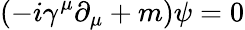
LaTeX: (-i\gamma^{\mu}\partial_{\mu}+m)\psi=0